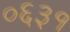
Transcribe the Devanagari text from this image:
०६३१